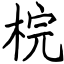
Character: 梡